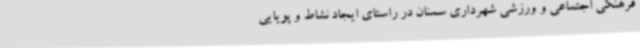
فرهنگی اجتماعی و ورزشی شهرداری سمنان در راستای ایجاد نشاط و پویایی